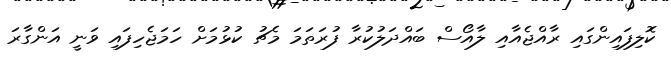
ކޮލިފައިންގައި ރާއްޖެއާއި ލާއޯސް ބައްދަލުކުރާ ފުރަތަމަ މެޗު ކުޅުމަށް ހަމަޖެހިފައި ވަނީ އަންގާރަ